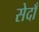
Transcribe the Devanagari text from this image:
सेदाँ